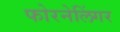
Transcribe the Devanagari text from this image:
फोरनेलिंगर